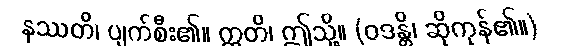
နဿတိ၊ ပျက်စီး၏။ ဣတိ၊ ဤသို့။ (ဝဒန္တိ၊ ဆိုကုန်၏။)